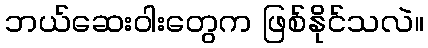
ဘယ်ဆေးဝါးတွေက ဖြစ်နိုင်သလဲ။